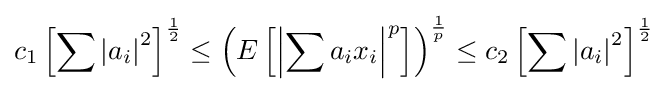
c_{1}\left[\sum \left|a_{i}\right|^{2}\right]^{\frac {1}{2}}\leq \left(E\left[\left|\sum a_{i}x_{i}\right|^{p}\right]\right)^{\frac {1}{p}}\leq c_{2}\left[\sum \left|a_{i}\right|^{2}\right]^{\frac {1}{2}}